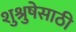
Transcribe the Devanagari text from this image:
शुश्रुषेसाठी